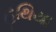
હથિયા